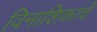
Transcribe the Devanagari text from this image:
विनाशिकांचे